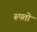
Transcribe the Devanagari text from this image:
रूपतो